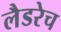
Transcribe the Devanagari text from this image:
लैडरेच